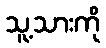
သူ့သားကို